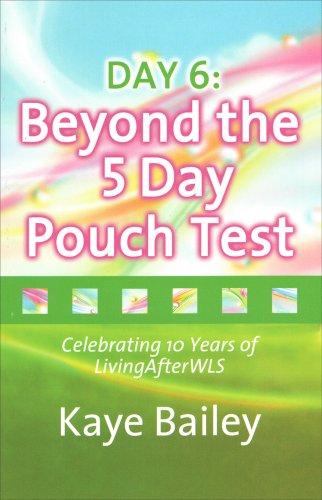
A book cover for Day 6: Beyond the 5 Day Pouch Test; Kaye Bailey; Health, Fitness & Dieting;